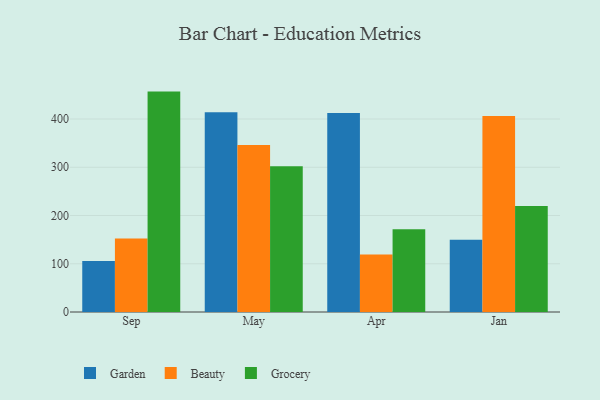
{"axis": {"x": "Month", "y": "Churn Rate (%)"}, "legend": ["Beauty", "Garden", "Grocery"], "data": [{"x": "Sep", "y": 105.9, "type": "Garden"}, {"x": "Sep", "y": 152.5, "type": "Beauty"}, {"x": "Sep", "y": 456.8, "type": "Grocery"}, {"x": "May", "y": 413.8, "type": "Garden"}, {"x": "May", "y": 346.1, "type": "Beauty"}, {"x": "May", "y": 302.1, "type": "Grocery"}, {"x": "Apr", "y": 412.3, "type": "Garden"}, {"x": "Apr", "y": 119.4, "type": "Beauty"}, {"x": "Apr", "y": 171.4, "type": "Grocery"}, {"x": "Jan", "y": 149.7, "type": "Garden"}, {"x": "Jan", "y": 406.4, "type": "Beauty"}, {"x": "Jan", "y": 219.9, "type": "Grocery"}]}